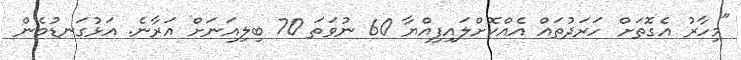
"މިހާރު އެގޮތަށް ހަރަދުތައް އެއްކޮށްލައިފިއްޔާ 60 ނުވަތަ 70 ބިލިއަނަށް އަރާނެ. އަޅުގަނޑުމެން